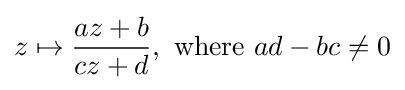
z\mapsto {\frac {az+b}{cz+d}},{\text{ where }}ad-bc\neq 0